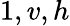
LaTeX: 1,v,h